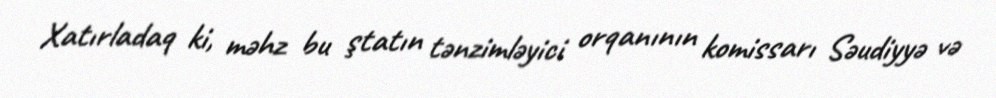
Xatırladaq ki, məhz bu ştatın tənzimləyici orqanının komissarı Səudiyyə və